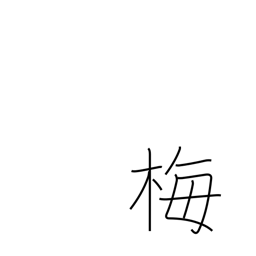
Meaning: plum